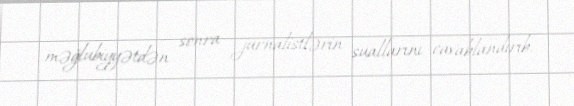
məğlubiyyətdən sonra jurnalistlərin suallarını cavablandırıb.